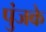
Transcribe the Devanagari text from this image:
पुंजके